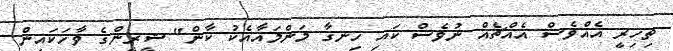
ތިހިރީ އެއްވެސް އެއްޗެއް ނުވެސް ކައި ހިނގާ މަންމައާއެކު ކާން" ޝީރީންގެ ވާހަކައިން